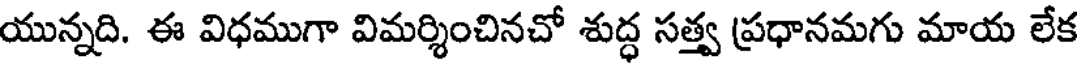
యున్నది. ఈ విధముగా విమర్శించినచో శుద్ధ సత్త్వ ప్రధానమగు మాయ లేక